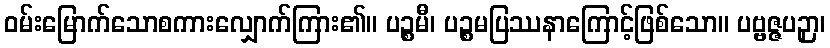
ဝမ်းမြောက်သောစကားလျှောက်ကြား၏။ ပဉ္စမီ၊ ပဉ္စမပြဿနာကြောင့်ဖြစ်သော။ ပဗ္ဗဇ္ဇပဉှာ၊